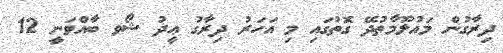
ދިރާގުން މައުލޫމާތުދޭ ގޮތުގައި މި އަހަރު ދިރާގު ޢީދު ޝޯވ ބާއްވަނީ 12